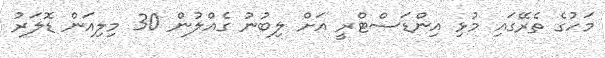
މަހުގެ ތެރޭގައި މުޅި އިންޑަސްޓްރީ އަށް ލިބުނު ގެއްލުން 30 މިލިއަން ޑޮލަރު